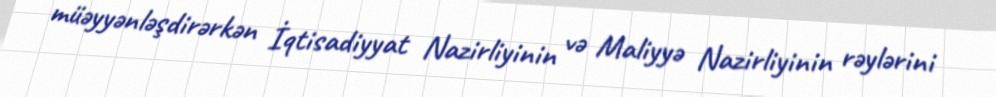
müəyyənləşdirərkən İqtisadiyyat Nazirliyinin və Maliyyə Nazirliyinin rəylərini